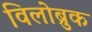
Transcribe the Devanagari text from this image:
विलोब्रुक